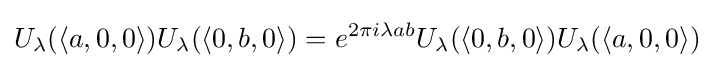
U_{\lambda }(\langle a,0,0\rangle )U_{\lambda }(\langle 0,b,0\rangle )=e^{2\pi i\lambda ab}U_{\lambda }(\langle 0,b,0\rangle )U_{\lambda }(\langle a,0,0\rangle )